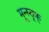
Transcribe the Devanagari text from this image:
मून्स्तृक्